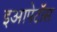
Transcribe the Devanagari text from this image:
इआपेटॉस